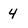
Character: 4